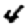
Digit: 4